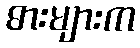
ဓားများက